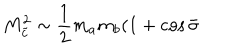
LaTeX: M _ { \tilde { c } } ^ { 2 } \sim \frac { 1 } { 2 } m _ { a } m _ { b } ( 1 + \cos \bar { \sigma }